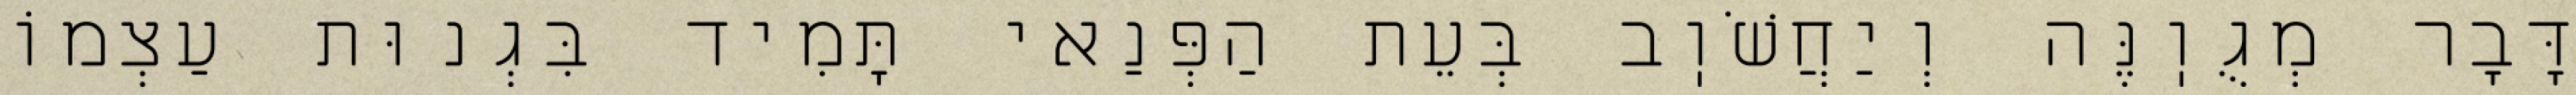
דָּבָר מְגֻוֽנֶּה וְיַחֲשֹׁוֽב בְּעֵת הַפְּנַאי תָּמִיד בִּגְנוּת עַצְמוֹ